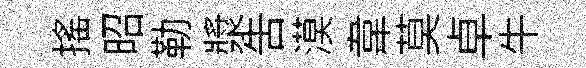
摇昭勒漿告漠韋莫卓牛